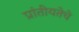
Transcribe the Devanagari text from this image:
प्रांतीयतेचे